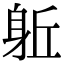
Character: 𨈬